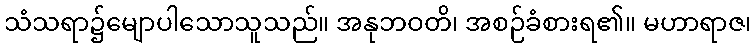
သံသရာ၌မျောပါသောသူသည်။ အနုဘဝတိ၊ အစဉ်ခံစားရ၏။ မဟာရာဇ၊